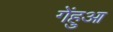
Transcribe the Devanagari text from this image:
गेंहुआ